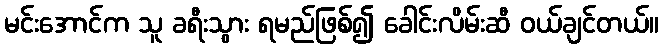
မင်းအောင်က သူ ခရီးသွား ရမည်ဖြစ်၍ ခေါင်းလိမ်းဆီ ဝယ်ချင်တယ်။